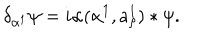
\delta _ { \alpha ^ { 1 } } \psi = i \alpha ( \alpha ^ { 1 } , a _ { \rho } ^ { 1 } ) * \psi .